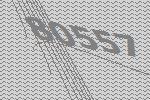
80557